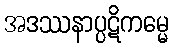
အဒဿနာပ္ပဋိကမ္မေ